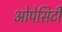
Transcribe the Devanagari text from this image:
ओपेसिटी